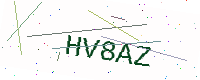
Text: HV8AZ